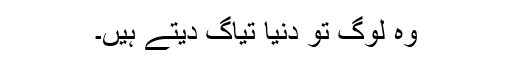
وہ لوگ تو دنیا تیاگ دیتے ہیں۔